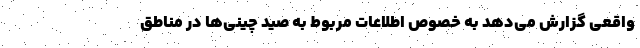
واقعی گزارش می‌دهد به خصوص اطلاعات مربوط به صید چینی‌ها در مناطق